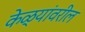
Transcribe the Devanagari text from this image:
केळ्यांवरील